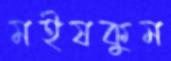
মইষকুম